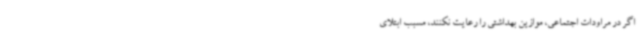
اگر در مراودات اجتماعی، موازین بهداشتی را رعایت نکنند، مسبب ابتلای